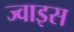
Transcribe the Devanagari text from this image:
ज्वाइस